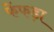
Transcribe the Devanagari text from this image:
फेंफड़ा